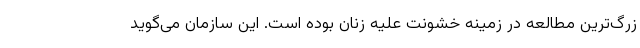
زرگ‌ترین مطالعه در زمینه خشونت علیه زنان بوده است. این سازمان می‌گوید